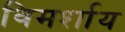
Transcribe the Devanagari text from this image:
विमर्शाय